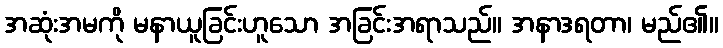
အဆုံးအမကို မနာယူခြင်းဟူသော အခြင်းအရာသည်။ အနာဒရတာ၊ မည်၏။